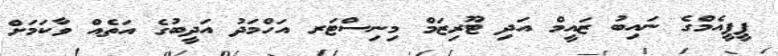
ޕީޕީއެމްގެ ނައިބު ޒައީމް އަދި ޓޫރިޒަމް މިނިސްޓަރ އަހްމަދު އަދީބުގެ އަތެއް ވާކަމަށް